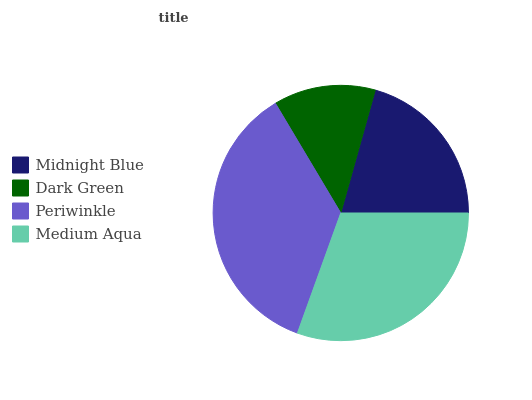
| Midnight Blue | Dark Green | Periwinkle | Medium Aqua |
 | --- | --- | --- | --- |
 | 20.7% | 12.9% | 35.9% | 30.5% |